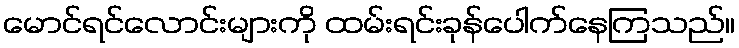
မောင်ရင်လောင်းများကို ထမ်းရင်းခုန်ပေါက်နေကြသည်။